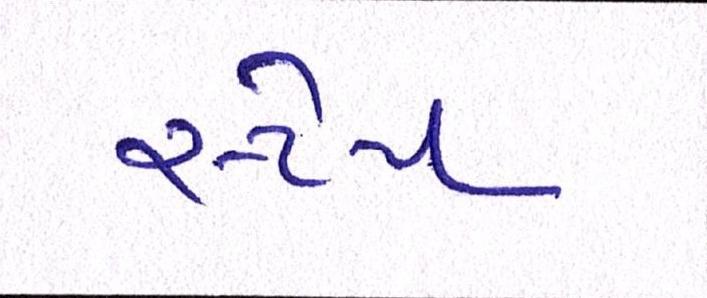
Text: સ્ટેપ